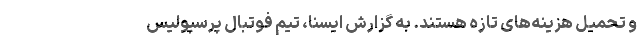
و تحمیل هزینه‌های تازه هستند. به گزارش ایسنا، تیم فوتبال پرسپولیس